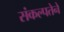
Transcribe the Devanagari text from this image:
संकल्पतेने